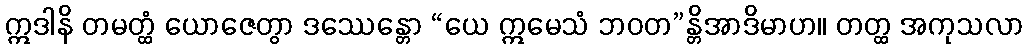
ဣဒါနိ တမတ္ထံ ယောဇေတွာ ဒဿေန္တော “ယေ ဣမေသံ ဘဝတ”န္တိအာဒိမာဟ။ တတ္ထ အကုသလာ